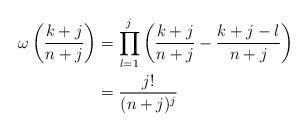
LaTeX: \begin{align*}\omega\left( \frac{k+j}{n+j} \right) & = \prod_{l=1}^j \left( \frac{k+j}{n+j} - \frac{k+j-l}{n+j} \right) \\& = \frac{j!}{(n+j)^j}\end{align*}